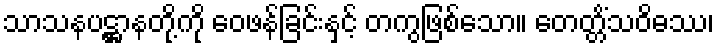
သာသနပဋ္ဌာနတို့ကို ဝေဖန်ခြင်းနှင့် တကွဖြစ်သော။ တေတ္တိံသဝိဓဿ၊